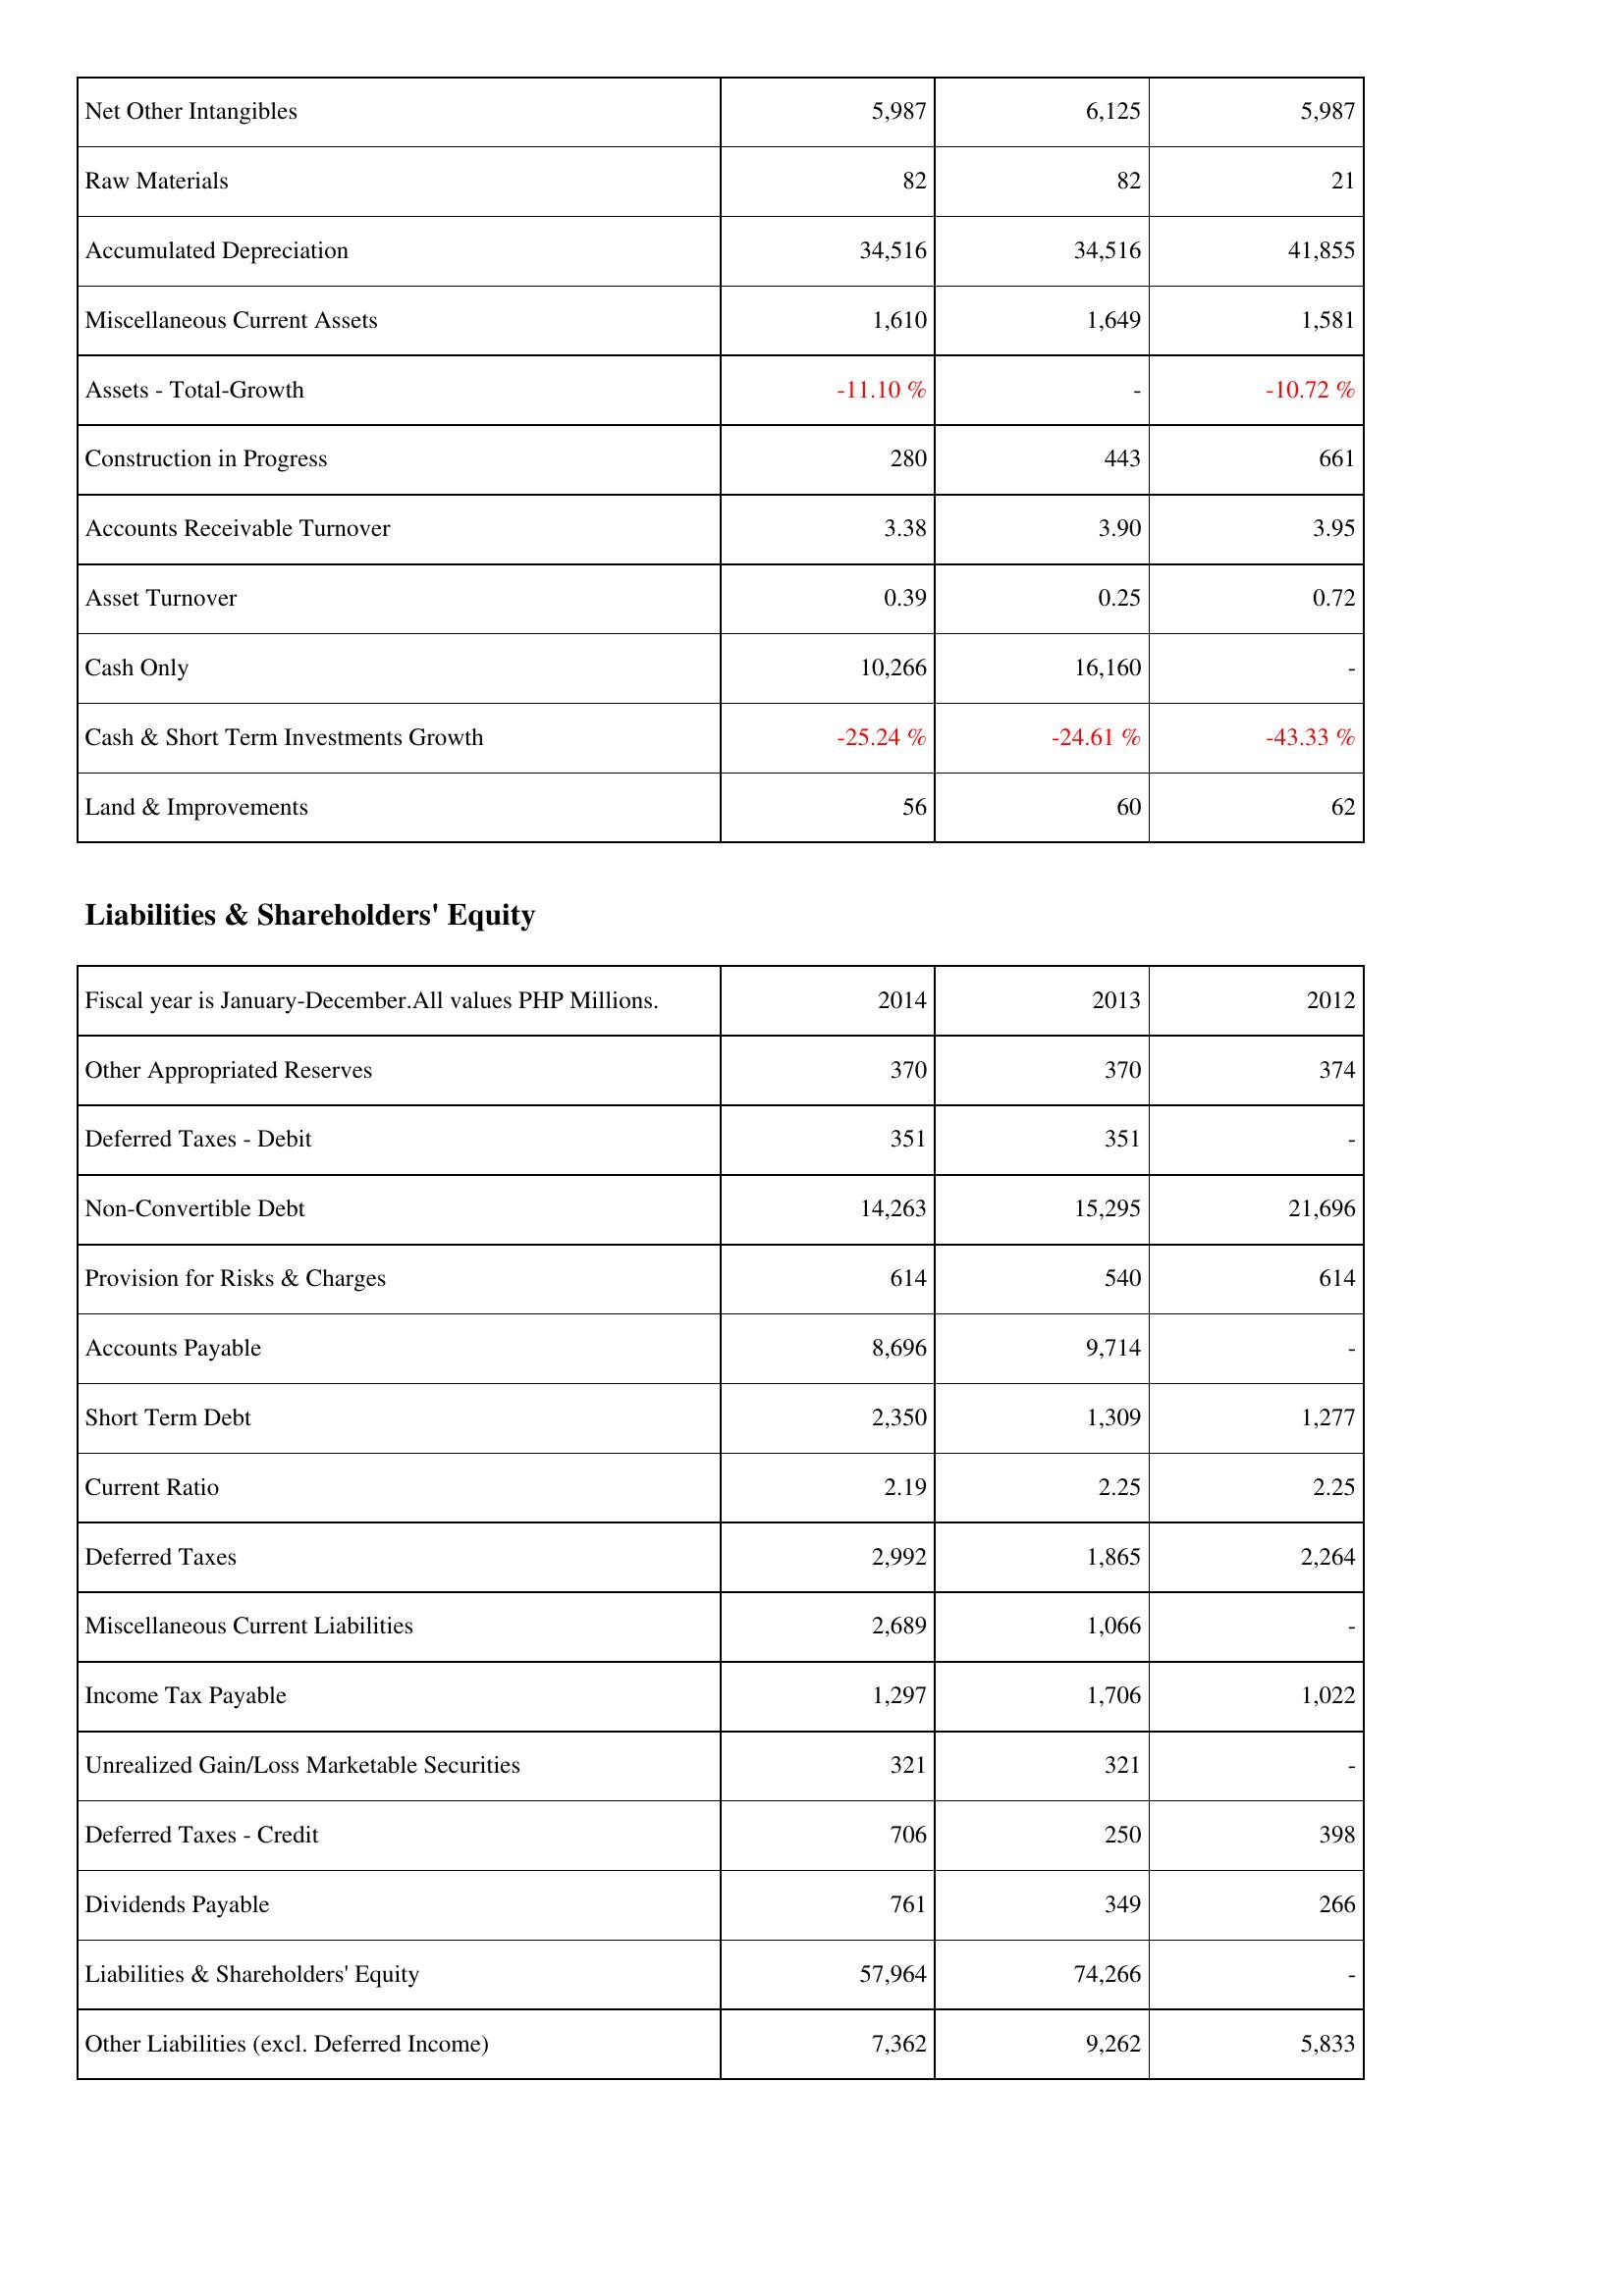
2014: Assets: Net Other Intangibles: 5,987
Raw Materials: 82
Accumulated Depreciation: 34,516
Miscellaneous Current Assets: 1,610
Assets - Total-Growth: -11.10 %
Construction in Progress: 280
Accounts Receivable Turnover: 3.38
Asset Turnover: 0.39
Cash Only: 10,266
Cash & Short Term Investments Growth: -25.24 %
Land & Improvements: 56
Liabilities & Shareholders' Equity: Other Appropriated Reserves: 370
Deferred Taxes - Debit: 351
Non-Convertible Debt: 14,263
Provision for Risks & Charges: 614
Accounts Payable: 8,696
Short Term Debt: 2,350
Current Ratio: 2.19
Deferred Taxes: 2,992
Miscellaneous Current Liabilities: 2,689
Income Tax Payable: 1,297
Unrealized Gain/Loss Marketable Securities: 321
Deferred Taxes - Credit: 706
Dividends Payable: 761
Liabilities & Shareholders' Equity: 57,964
Other Liabilities (excl. Deferred Income): 7,362
2013: Assets: Net Other Intangibles: 6,125
Raw Materials: 82
Accumulated Depreciation: 34,516
Miscellaneous Current Assets: 1,649
Assets - Total-Growth: -
Construction in Progress: 443
Accounts Receivable Turnover: 3.90
Asset Turnover: 0.25
Cash Only: 16,160
Cash & Short Term Investments Growth: -24.61 %
Land & Improvements: 60
Liabilities & Shareholders' Equity: Other Appropriated Reserves: 370
Deferred Taxes - Debit: 351
Non-Convertible Debt: 15,295
Provision for Risks & Charges: 540
Accounts Payable: 9,714
Short Term Debt: 1,309
Current Ratio: 2.25
Deferred Taxes: 1,865
Miscellaneous Current Liabilities: 1,066
Income Tax Payable: 1,706
Unrealized Gain/Loss Marketable Securities: 321
Deferred Taxes - Credit: 250
Dividends Payable: 349
Liabilities & Shareholders' Equity: 74,266
Other Liabilities (excl. Deferred Income): 9,262
2012: Assets: Net Other Intangibles: 5,987
Raw Materials: 21
Accumulated Depreciation: 41,855
Miscellaneous Current Assets: 1,581
Assets - Total-Growth: -10.72 %
Construction in Progress: 661
Accounts Receivable Turnover: 3.95
Asset Turnover: 0.72
Cash Only: -
Cash & Short Term Investments Growth: -43.33 %
Land & Improvements: 62
Liabilities & Shareholders' Equity: Other Appropriated Reserves: 374
Deferred Taxes - Debit: -
Non-Convertible Debt: 21,696
Provision for Risks & Charges: 614
Accounts Payable: -
Short Term Debt: 1,277
Current Ratio: 2.25
Deferred Taxes: 2,264
Miscellaneous Current Liabilities: -
Income Tax Payable: 1,022
Unrealized Gain/Loss Marketable Securities: -
Deferred Taxes - Credit: 398
Dividends Payable: 266
Liabilities & Shareholders' Equity: -
Other Liabilities (excl. Deferred Income): 5,833